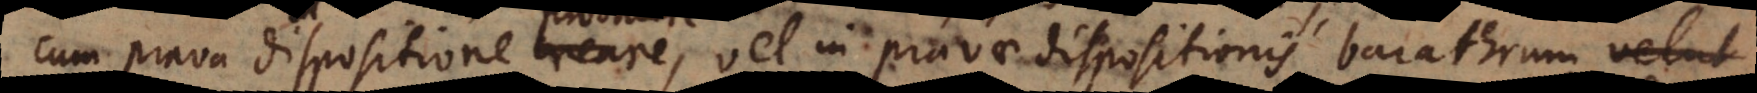
cum prava dispositione creare, vel in pravae dispositionis barathrum velut